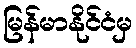
မြန်မာနိုင်ငံမှ